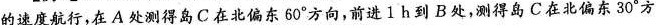
的速度航行，在A处测得岛C在北偏东60°方向，前进1h到B处，测得岛C在北偏东30°方